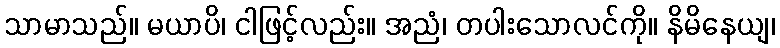
သာမာသည်။ မယာပိ၊ ငါဖြင့်လည်း။ အညံ၊ တပါးသောလင်ကို။ နိမိနေယျ၊